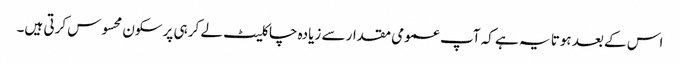
اس کے بعد ہوتا یہ ہے کہ آپ عمومی مقدار سے زیادہ چاکلیٹ لے کر ہی پرسکون محسوس کرتی ہیں۔